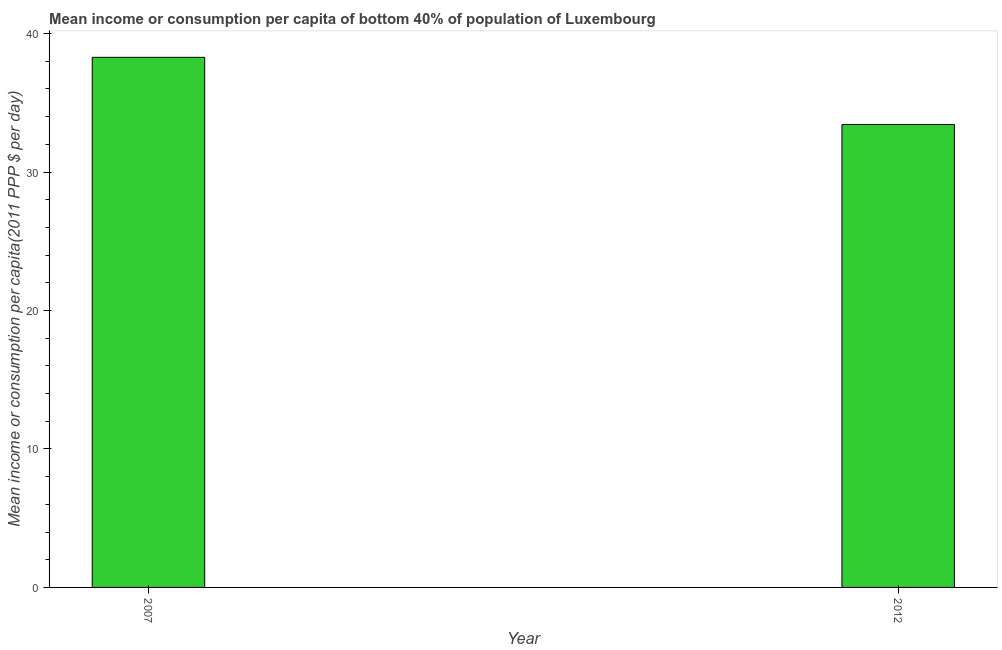
| Year | Bottom 40percent |
 | --- | --- |
 | 2007 | 38.3 |
 | 2012 | 33.4 |